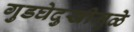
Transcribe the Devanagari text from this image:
गुडघेदुखीमुळे